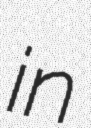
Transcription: in